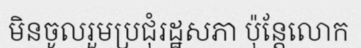
មិនចូលរួមប្រជុំរដ្ឋសភា ប៉ុន្តែលោក